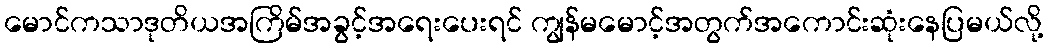
မောင်ကသာဒုတိယအကြိမ်အခွင့်အရေးပေးရင် ကျွန်မမောင့်အတွက်အကောင်းဆုံးနေပြမယ်လို့